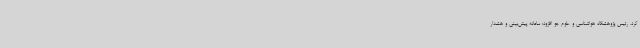
کرد. رئیس پژوهشگاه هواشناسی و علوم جو افزود: سامانه پیش‌بینی و هشدار